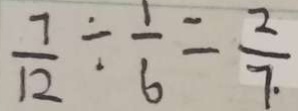
\frac { 7 } { 1 2 } \div \frac { 1 } { 6 } = \frac { 2 } { 7 \cdot }